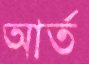
আর্ত